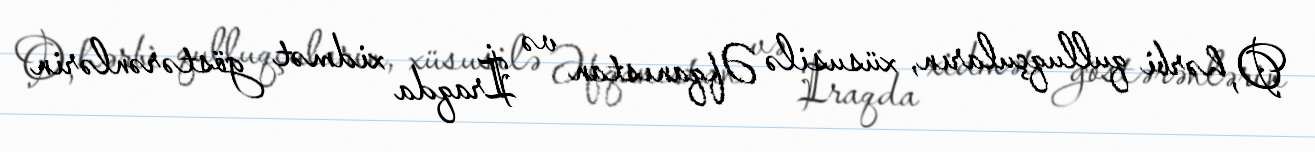
O, hərbi qulluqçuların, xüsusilə Əfqanıstan və İraqda xidmət göstərənlərin